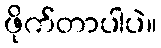
ဖိုက်တာပါပဲ။